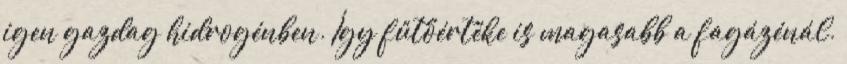
igen gazdag hidrogénben. Így fűtőértéke is magasabb a fagázénál.